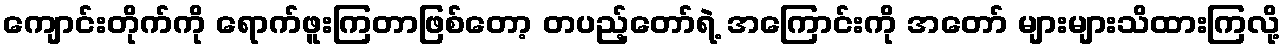
ကျောင်းတိုက်ကို ရောက်ဖူးကြတာဖြစ်တော့ တပည့်တော်ရဲ့ အကြောင်းကို အတော် များများသိထားကြလို့